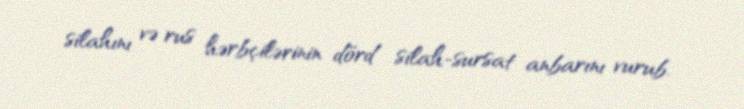
silahını və rus hərbçilərinin dörd silah-sursat anbarını vurub.